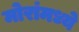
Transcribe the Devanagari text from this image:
मोरांमध्ये